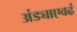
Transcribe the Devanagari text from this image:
अंड्याएवढं